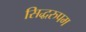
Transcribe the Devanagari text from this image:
सिद्धरुपम